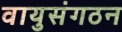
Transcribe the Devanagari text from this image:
वायुसंगठन